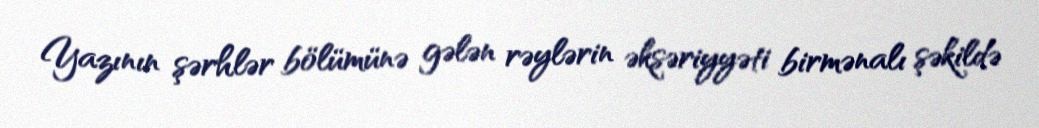
Yazının şərhlər bölümünə gələn rəylərin əksəriyyəti birmənalı şəkildə